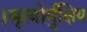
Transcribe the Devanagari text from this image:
।मृत्योर्मुक्षिय